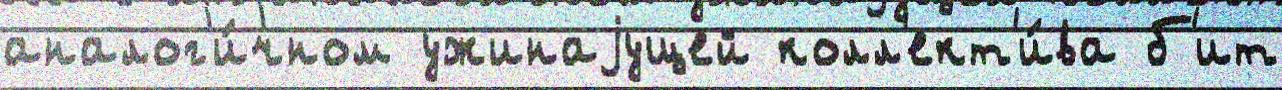
аналог'и́чном ужинаjущей колл'ект'и́ва б'ит